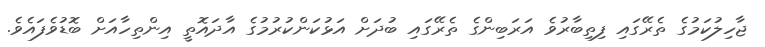
ޖާހިލުކަމުގެ ތެރޭގައި ފިތިބާރުވެ އަރަބިންގެ ތެރޭގައި ބުދަށް އަޅުކަންކުރުމުގެ އާދައޮތީ އިންތިހާއަށް ބޮޑުވެފައެވެ.